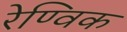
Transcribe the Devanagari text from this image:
रेण्विक